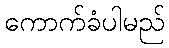
ကောက်ခံပါမည်